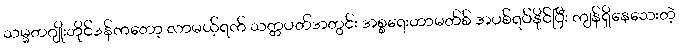
သမ္မတဂျိုးဘိုင်ဒန်ကတော့ လာမယ့်ရက် သတ္တပတ်အတွင်း အစ္စရေးဟာမတ်စ် အပစ်ရပ်နိုင်ပြီး ကျန်ရှိနေသေးတဲ့